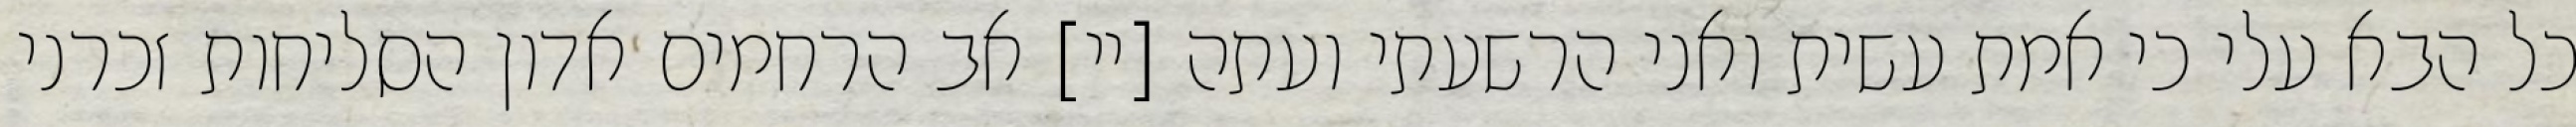
כל הבא עלי כי אמת עשית ואני הרשעתי ועתה [יי] אב הרחמים אדון הסליחות זכרני